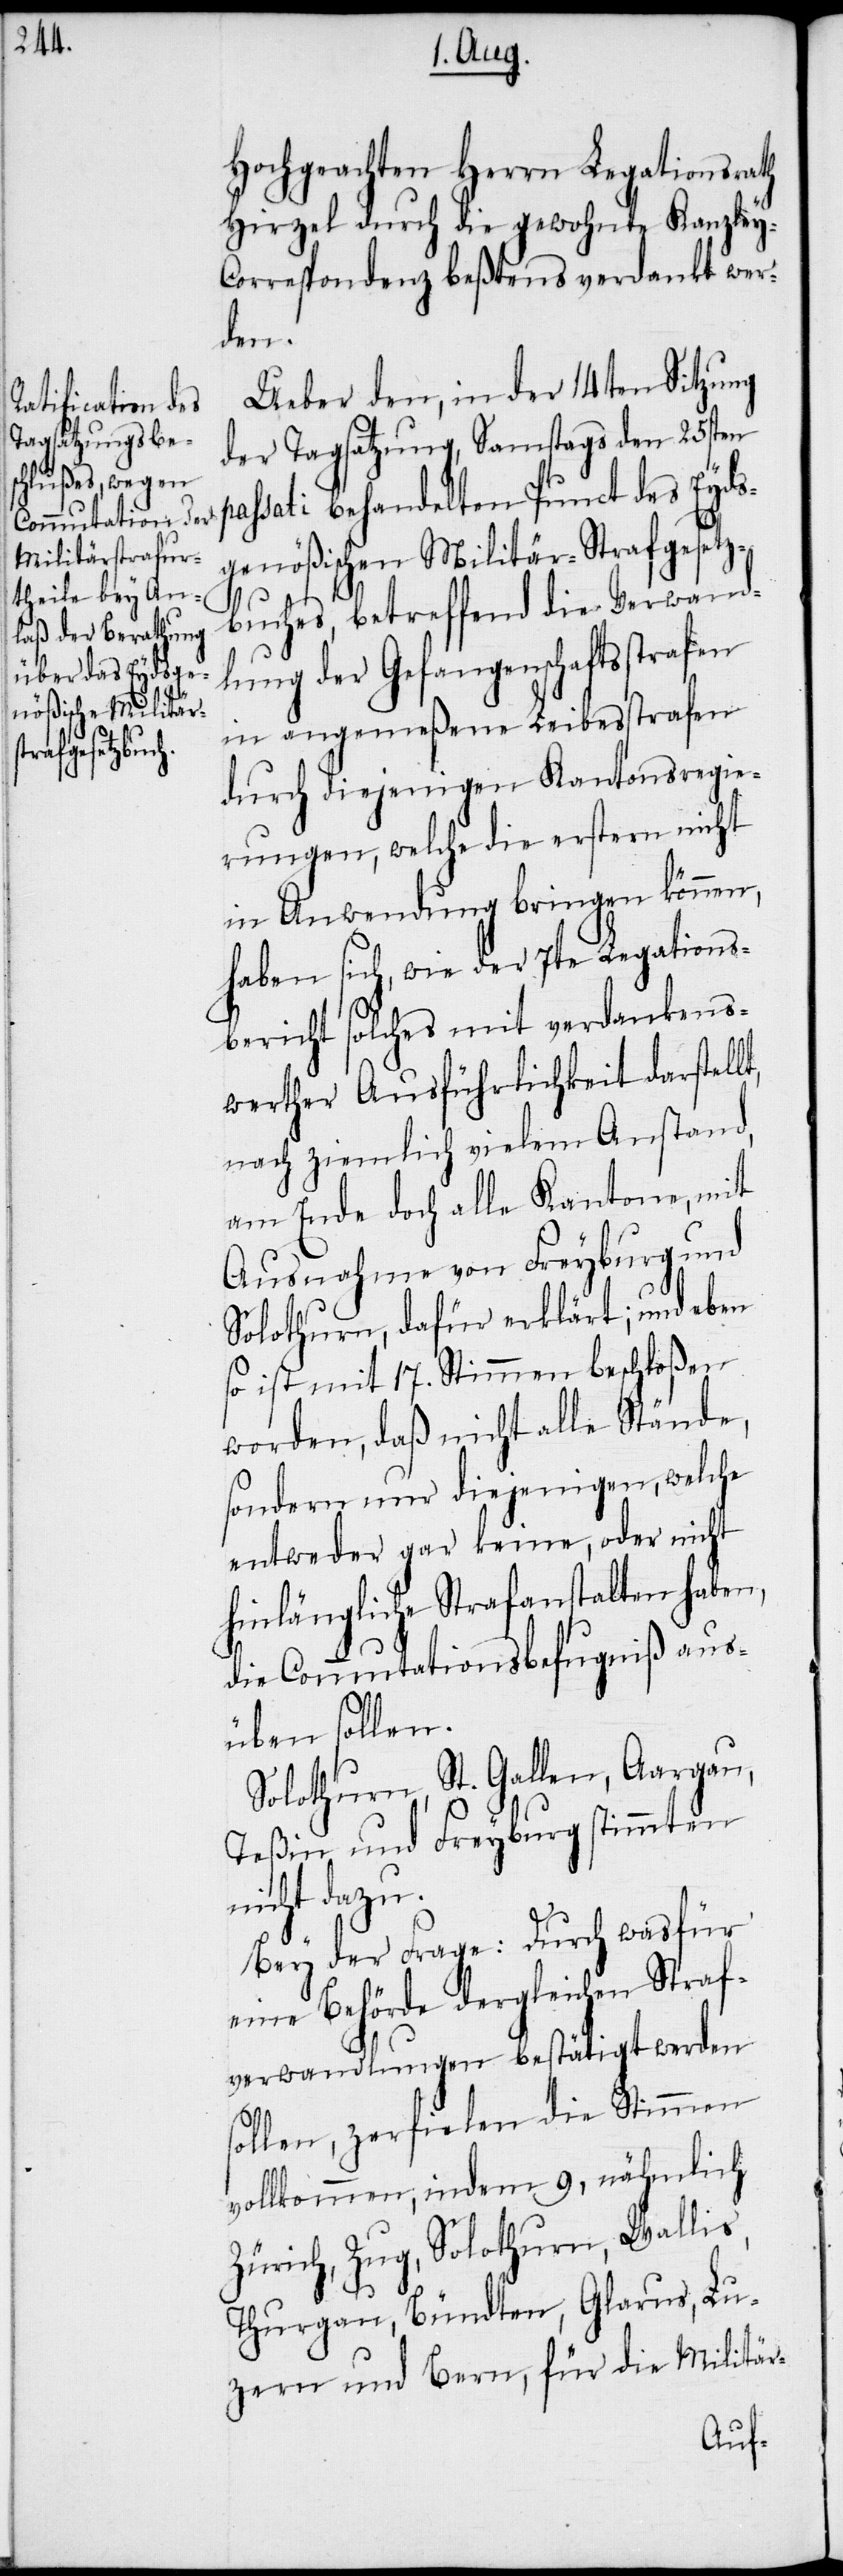
Hochgeachten Herrn Legationsrath
Hirzel durch die gewohnte Kanzley-C¬
orrespondenz beßtens verdankt wer¬
den.
Ueber den, in der 14ten Sitzung
der Tagsatzung, Samstags den 25sten
passati behandelten Punct des Eyds¬
genößischen Militär-Strafgesetz¬
buches, betreffend die Verwand¬
lung der Gefangenschaftsstrafen
in angemeßene Leibesstrafen
durch diejenigen Kantonsregie¬
rungen, welche die erstern nicht
in Anwendung bringen können,
haben sich, wie der 7te Legations¬
bericht solches mit verdankens¬
werther Ausführlichkeit darstellt,
nach ziemlich vielem Anstand,
am Ende doch alle Kantone, mit
Ausnahme von Freyburg und
Solothurn, dafür erklärt; und eben
so ist mit 17. Stimmen beschloßen
worden, daß nicht alle Stände,
sondern nur diejenigen, welche
entweder gar keine, oder nicht
hinlängliche Strafanstalten haben,
die Commutationsbefugniß aus¬
üben sollen.
Solothurn, St. Gallen, Aargau,
Teßin und Freyburg stimmten
nicht dazu.
Bey der Frage: Durch wasfür
eine Behörde dergleichen Straf¬
verwandlungen bestätigt werden
sollen, zerfielen die Stimmen
vollkommen, indem 9, nähmlich
Zürich, Zug, Solothurn, Wallis,
Thurgau, Bündten, Glarus, Lu¬
zern und Bern, für die Militär-